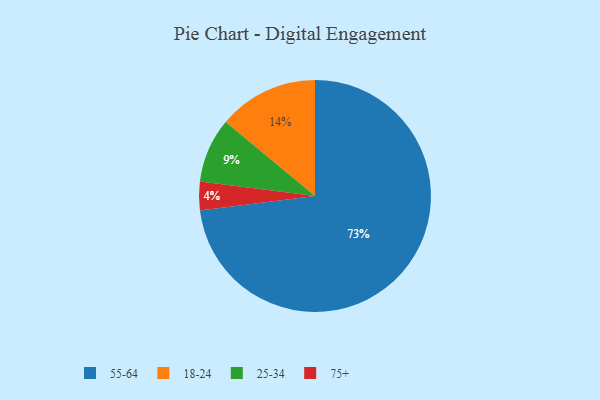
{"axis": {"x": "Category", "y": "Percentage"}, "legend": ["18-24", "25-34", "55-64", "75+"], "data": [{"x": "55-64", "y": 73, "type": "55-64"}, {"x": "18-24", "y": 14, "type": "18-24"}, {"x": "25-34", "y": 9, "type": "25-34"}, {"x": "75+", "y": 4, "type": "75+"}]}